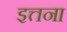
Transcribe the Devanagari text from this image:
इत्तना